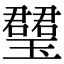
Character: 𤪡